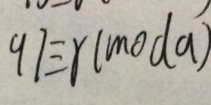
9 7 \equiv r ( m o d a )